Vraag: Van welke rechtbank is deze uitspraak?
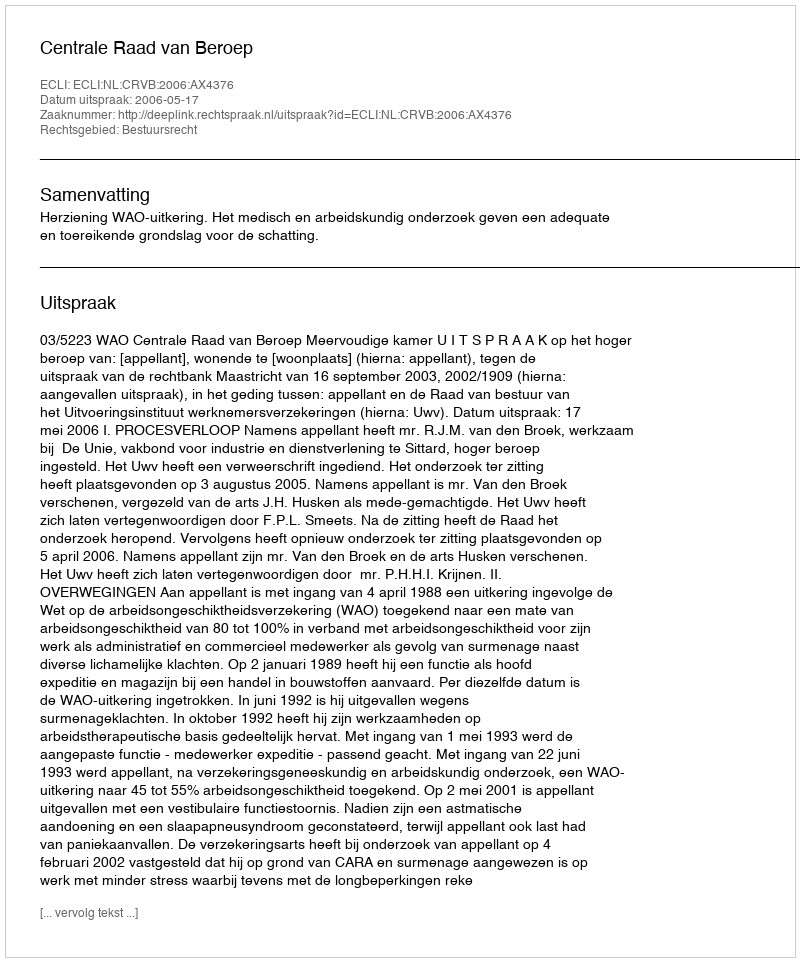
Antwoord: Centrale Raad van Beroep